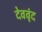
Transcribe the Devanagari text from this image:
देववृंद